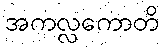
အကလ္လကောတိ